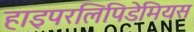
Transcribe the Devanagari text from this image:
हाइपरलिपिडेमियस